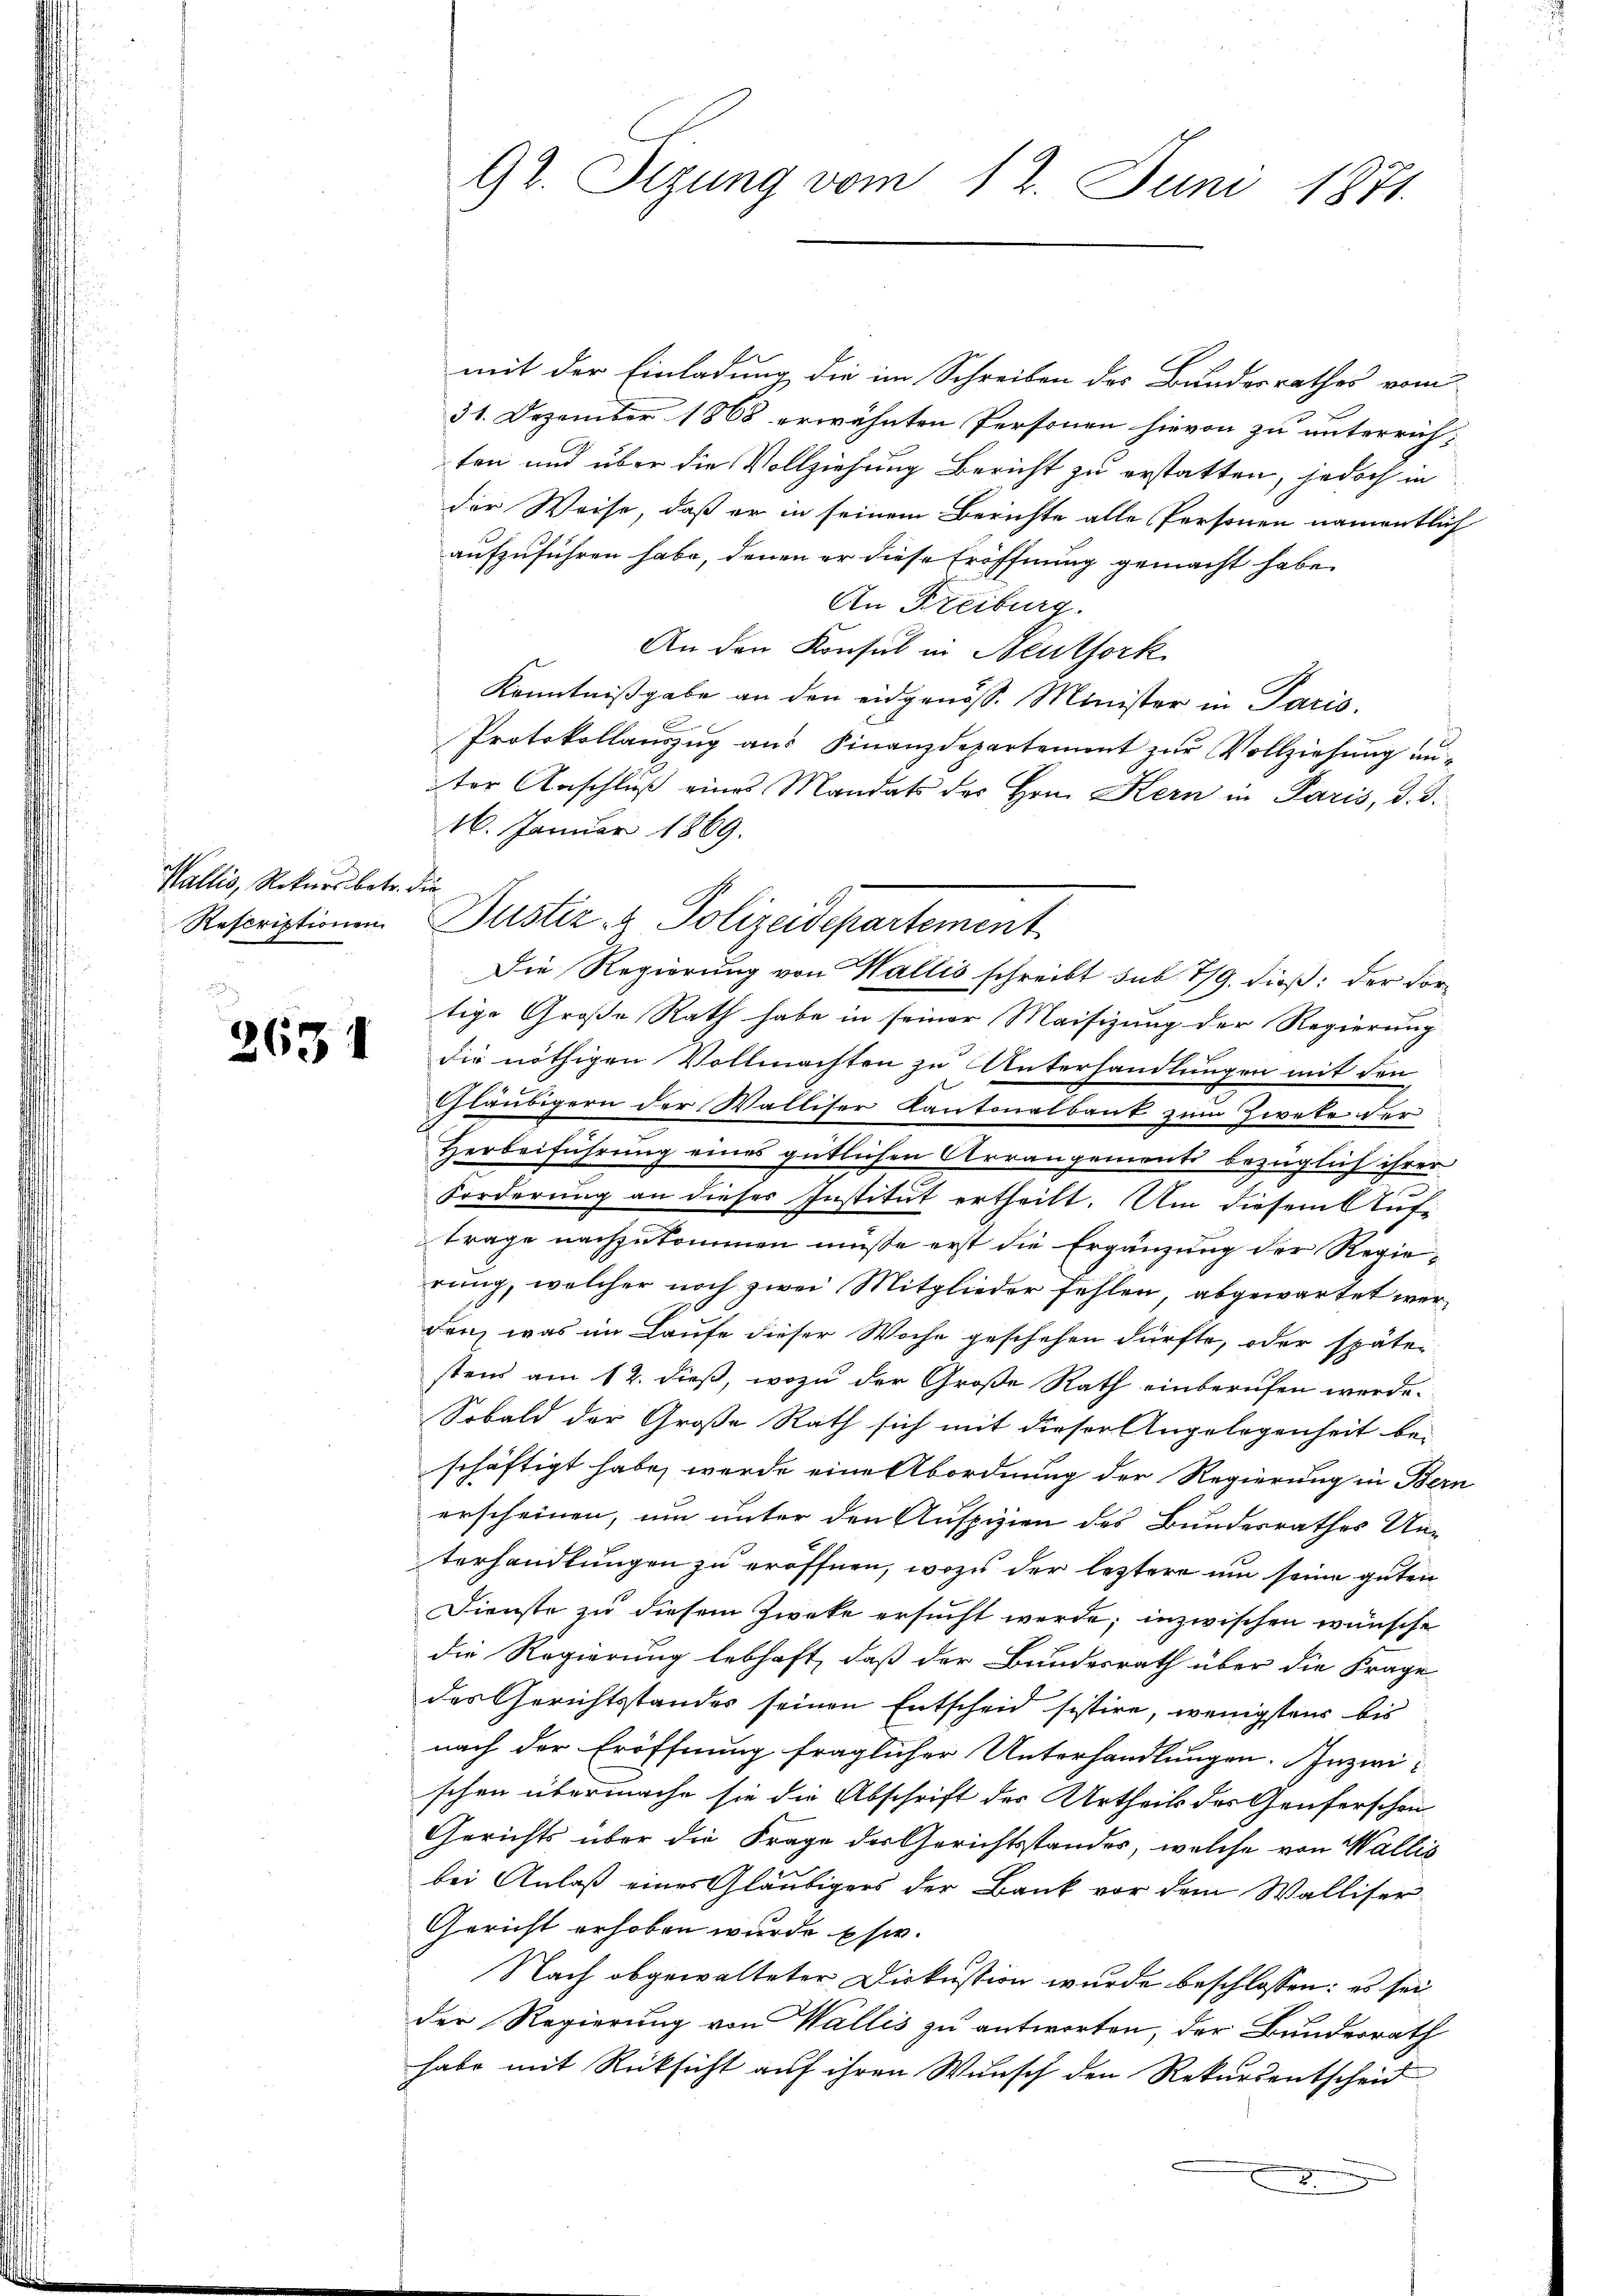
Wallis, Rekurs betr. die
Rescriptionen

2634

mit der Einladung die im Schreiben des Bundesrathes vom
31. Dezember 1868 erwähnten Personen hievon zu unterrich-
ten und über die Vollziehung Bericht zu erstatten, jedoch in
der Weise, daß er in seinem Berichte alle Personen namentlich
aufzuführen habe, denen er diese Eröffnung gemacht habe.
An Freiburg.
An den Konsul in Neuthork
Kenntnißgabe an den eidgenöss. Minister in Paris.
Protokollauszug aus Finanzdepartement zur Vollziehung unter Anschluß eines Mandats des Hrn. Kern in Paris, d. 3.
16. Januar 1869.
Die Regierung von Wallis schreibt sub 7/9. dieß: der Fortige Große Rath habe in seiner Maisizung der Regierung
die nöthigen Vollmachten zu Unterhandlungen mit den
Gläubigern der Walliser Kantonalbank zum Zweke der
Herbeiführung eines gütlichen Arrangemente bezüglich ihrer
Forderung an dieses Institut ertheilt. Um dieser Auftrage nachzukommen müsse erst die Ergänzung der Regierung, welcher noch zwei Mitglieder fehlen, abgewartet werden, was im Laufe dieser Woche geschehen dürfte, oder später
stens am 12. dieß, wozu der Große Rath einberufen werde.
Sobald der Große Rath sich mit dieser Angelegenheit be-
schäftigt habe, werde eine Abordnung der Regierung in Bern
erscheinen, um unter den Auspizien des Bundesrathes Un-
terhandlungen zu eröffnen, wozu der leztere um seine guten
Dienste zu diesem Zweke ersucht werde; inzwischen wünsche
die Regierung lebhaft, daß der Bundesrath über die Frage
des Gerichtsstandes seinen Entscheid sistire, wenigstens bis
nach der Eröffnung fraglicher Unterhandlungen. Inzwischen übermache sie die Abschrift des Urtheils der Genferschen
Gerichts über die Frage der Gerichtsstandes, welche von Wallis
bei Anlaß eines Gläubigers der Bank vor dem Walliser
Gericht erhoben wurde Esw.
Nach obgewalteter Diskussion wurde beschlossen: es sei
der Regierung von Wallis zu antworten, der Bundesrath
habe mit Rücksicht auf ihren Wunsch den Rekursentscheid
2.

92. Sizung vom 12. Juni 1871.

Bustiz & Polizeidepartement